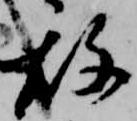
故